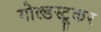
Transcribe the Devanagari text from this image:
गोल्डस्टूकर